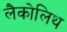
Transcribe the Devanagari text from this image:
लैकोलिथ